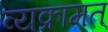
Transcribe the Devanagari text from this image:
व्यक्रामत्